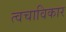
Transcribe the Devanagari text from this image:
त्वचाविकार